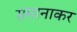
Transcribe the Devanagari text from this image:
समानाकर